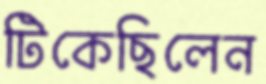
টিকেছিলেন